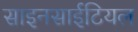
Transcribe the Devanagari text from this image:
साइनसाईटियल